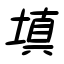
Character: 填